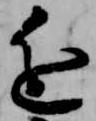
進